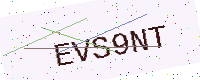
Text: EVS9NT